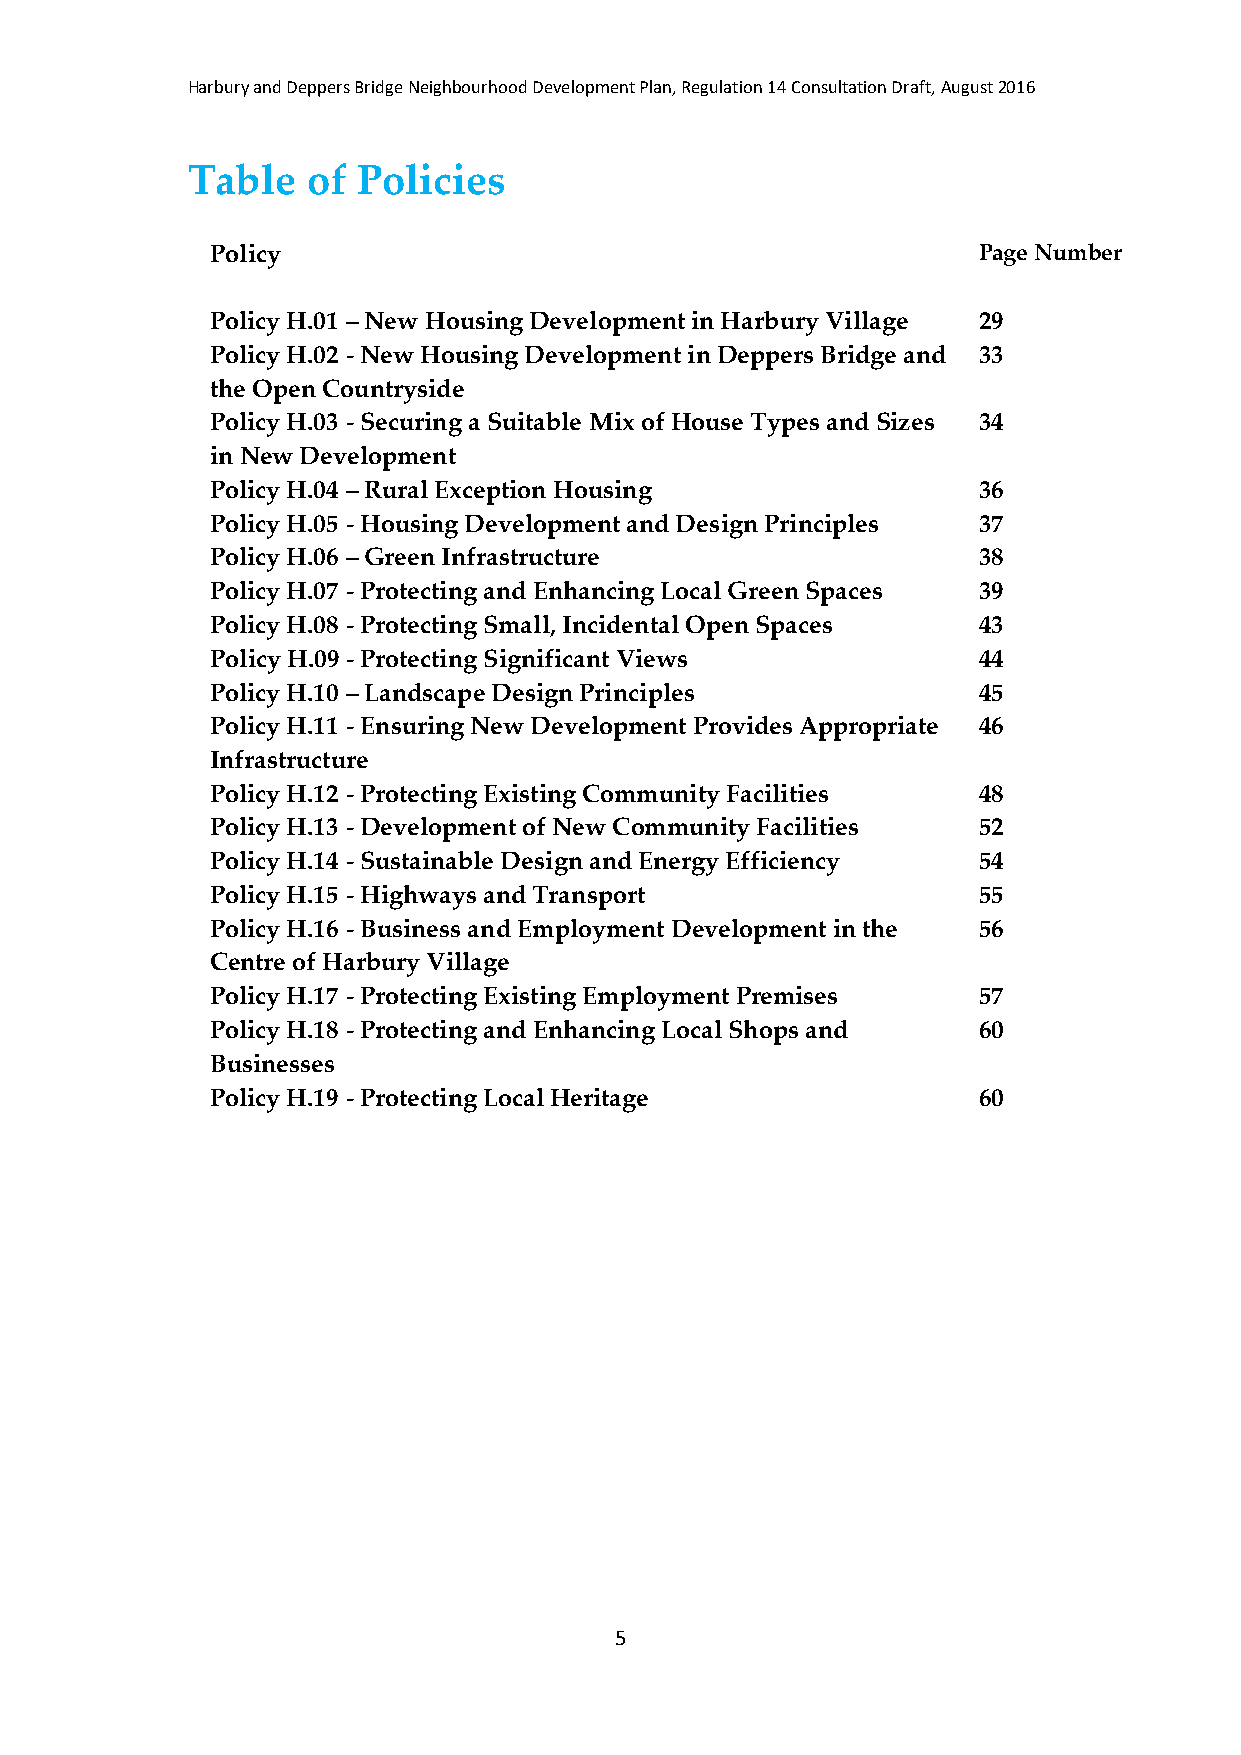
Harbury and Deppers Bridge Neighbourhood Development Plan, Regulation 14 Consultation Draft, August 2016
 Table   of  Policies
 Policy                                             Page Number
 Policy H.01 – New Housing Development in Harbury Village 29
 Policy H.02 - New Housing Development in Deppers Bridge and 33
 the Open Countryside
 Policy H.03 - Securing a Suitable Mix of House Types and Sizes 34
 in New Development
 Policy H.04 – Rural Exception Housing              36
 Policy H.05 - Housing Development and Design Principles 37
 Policy H.06 – Green Infrastructure                 38
 Policy H.07 - Protecting and Enhancing Local Green Spaces 39
 Policy H.08 - Protecting Small, Incidental Open Spaces 43
 Policy H.09 - Protecting Significant Views         44
 Policy H.10 – Landscape Design Principles          45
 Policy H.11 - Ensuring New Development Provides Appropriate 46
 Infrastructure
 Policy H.12 - Protecting Existing Community Facilities 48
 Policy H.13 - Development of New Community Facilities 52
 Policy H.14 - Sustainable Design and Energy Efficiency 54
 Policy H.15 - Highways and Transport               55
 Policy H.16 - Business and Employment Development in the 56
 Centre of Harbury Village
 Policy H.17 - Protecting Existing Employment Premises 57
 Policy H.18 - Protecting and Enhancing Local Shops and 60
 Businesses
 Policy H.19 - Protecting Local Heritage            60
 5